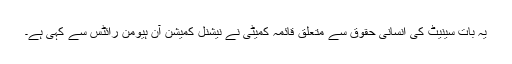
یہ بات سینیٹ کی انسانی حقوق سے متعلق قائمہ کمیٹی نے نیشنل کمیشن آن ہیومن رائٹس سے کہی ہے۔